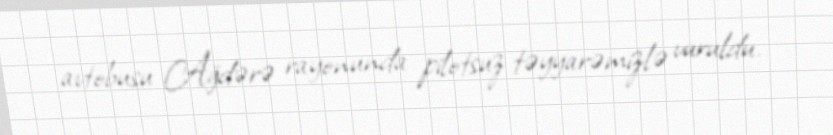
avtobusu Ağdərə rayonunda pilotsuz təyyarəmizlə vuruldu.